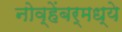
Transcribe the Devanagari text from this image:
नोव्हेंबर्मध्ये